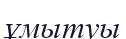
ұмытуы